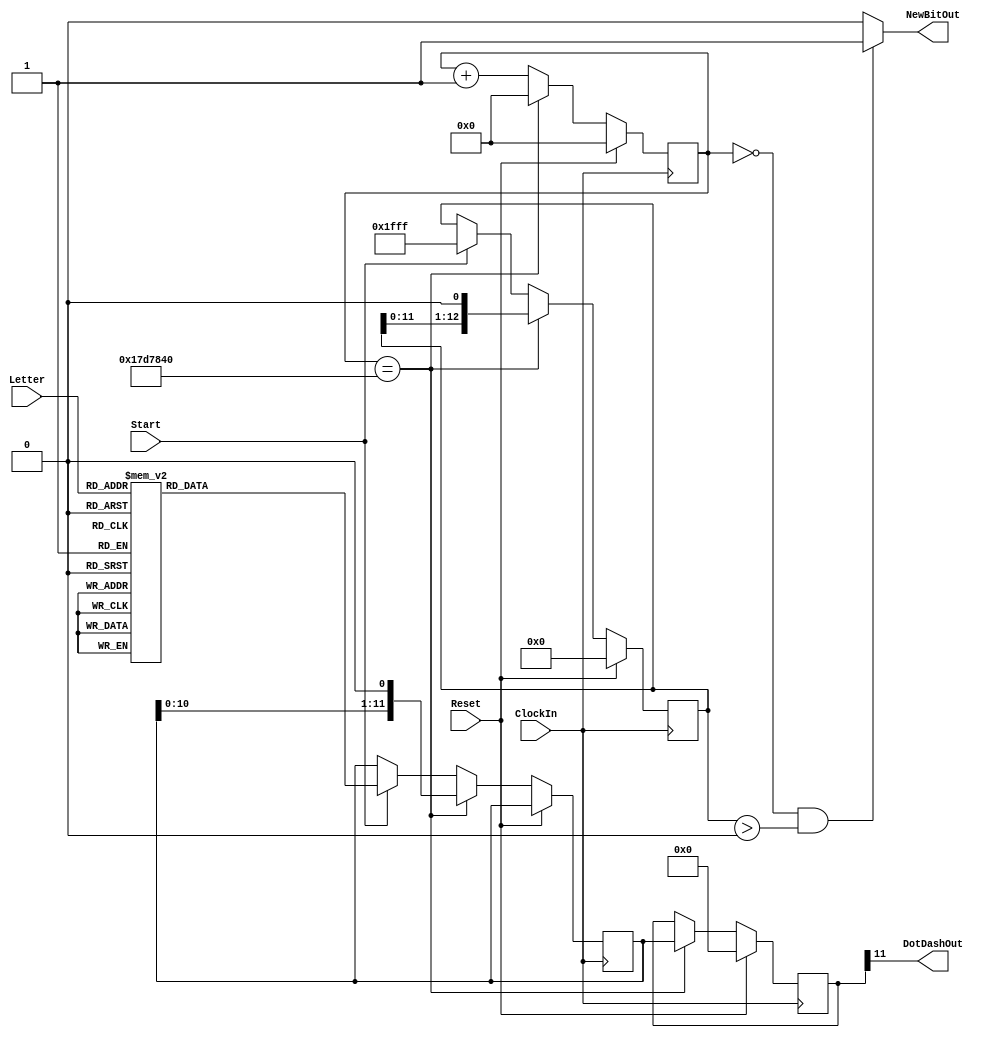
module part3
#(parameter CLOCK_FREQUENCY=50000000)(
	input wire ClockIn,
	input wire Reset,
	input wire Start,
	input wire [2:0] Letter,
	output wire DotDashOut,
	output wire NewBitOut
);

	localparam PULSE_DURATION = (CLOCK_FREQUENCY / 2);

	reg [11:0] current_code;
	reg [11:0] shift_reg;
	reg [1 + $clog2(CLOCK_FREQUENCY):0] counter = 0;

	reg [12:0] bitCounter;

	always @(posedge ClockIn) begin
		if (Reset) 
		begin
			shift_reg <= 12'b0;
			counter <= 0;
			bitCounter <= 0;
		end 
		else 
		begin
			if (Start) 
			begin
				case(Letter)
					3'b000 : current_code <= 12'b101110000000;
					3'b001 : current_code <= 12'b111010101000;
					3'b010 : current_code <= 12'b111010111010;
					3'b011 : current_code <= 12'b111010100000;
					3'b100 : current_code <= 12'b100000000000;
					3'b101 : current_code <= 12'b101011101000;
					3'b110 : current_code <= 12'b111011101000;
					3'b111 : current_code <= 12'b101010100000; 
				endcase
				bitCounter <= 13'b1111111111111;
				counter <= 0;
			end
			
			if (counter == PULSE_DURATION) 
			begin
				counter <= 0;
				shift_reg <= current_code;
				current_code <= current_code << 1;
				bitCounter <= (bitCounter << 1);
			end 
			else 
			begin
				counter <= counter + 1;
			end
		end
	end

	assign DotDashOut = shift_reg[11];
	assign NewBitOut = (counter == 0 && bitCounter > 0) ? 1'b1 : 1'b0;

endmodule